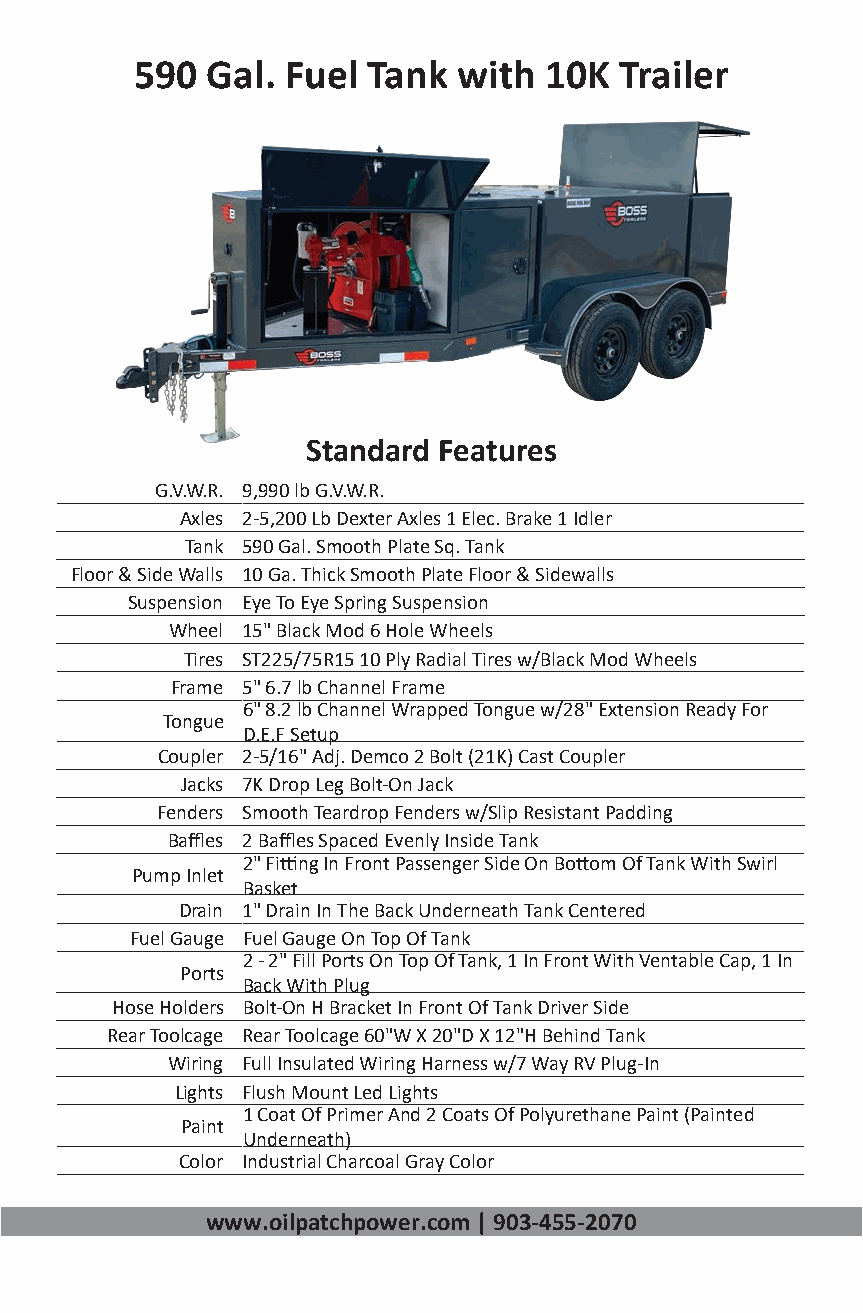
590  Gal. Fuel Tank  with  10K  Trailer
 Standard Features
 G.V.W.R. 9,990 lb G.V.W.R.
 Axles 2-5,200 Lb Dexter Axles 1 Elec. Brake 1 Idler
 Tank 590 Gal. Smooth Plate Sq. Tank
 Floor & Side Walls 10 Ga. Thick Smooth Plate Floor & Sidewalls
 Suspension Eye To Eye Spring Suspension
 Wheel 15" Black Mod 6 Hole Wheels
 Tires ST225/75R15 10 Ply Radial Tires w/Black Mod Wheels
 Frame 5" 6.7 lb Channel Frame
 6" 8.2 lb Channel Wrapped Tongue w/28" Extension Ready For
 Tongue
 D.E.F Setup
 Coupler 2-5/16" Adj. Demco 2 Bolt (21K) Cast Coupler
 Jacks 7K Drop Leg Bolt-On Jack
 Fenders Smooth Teardrop Fenders w/Slip Resistant Padding
 Baffles 2 Baffles Spaced Evenly Inside Tank
 2" Fitting In Front Passenger Side On Bottom Of Tank With Swirl
 Pump Inlet
 Basket
 Drain 1" Drain In The Back Underneath Tank Centered
 Fuel Gauge Fuel Gauge On Top Of Tank
 2 - 2" Fill Ports On Top Of Tank, 1 In Front With Ventable Cap, 1 In
 Ports
 Back With Plug
 Hose Holders Bolt-On H Bracket In Front Of Tank Driver Side
 Rear Toolcage Rear Toolcage 60"W X 20"D X 12"H Behind Tank
 Wiring Full Insulated Wiring Harness w/7 Way RV Plug-In
 Lights Flush Mount Led Lights
 1 Coat Of Primer And 2 Coats Of Polyurethane Paint (Painted
 Paint
 Underneath)
 Color Industrial Charcoal Gray Color
 www.oilpatchpower.com | 903-455-2070